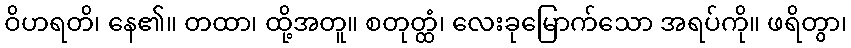
ဝိဟရတိ၊ နေ၏။ တထာ၊ ထို့အတူ။ စတုတ္ထံ၊ လေးခုမြောက်သော အရပ်ကို။ ဖရိတွာ၊